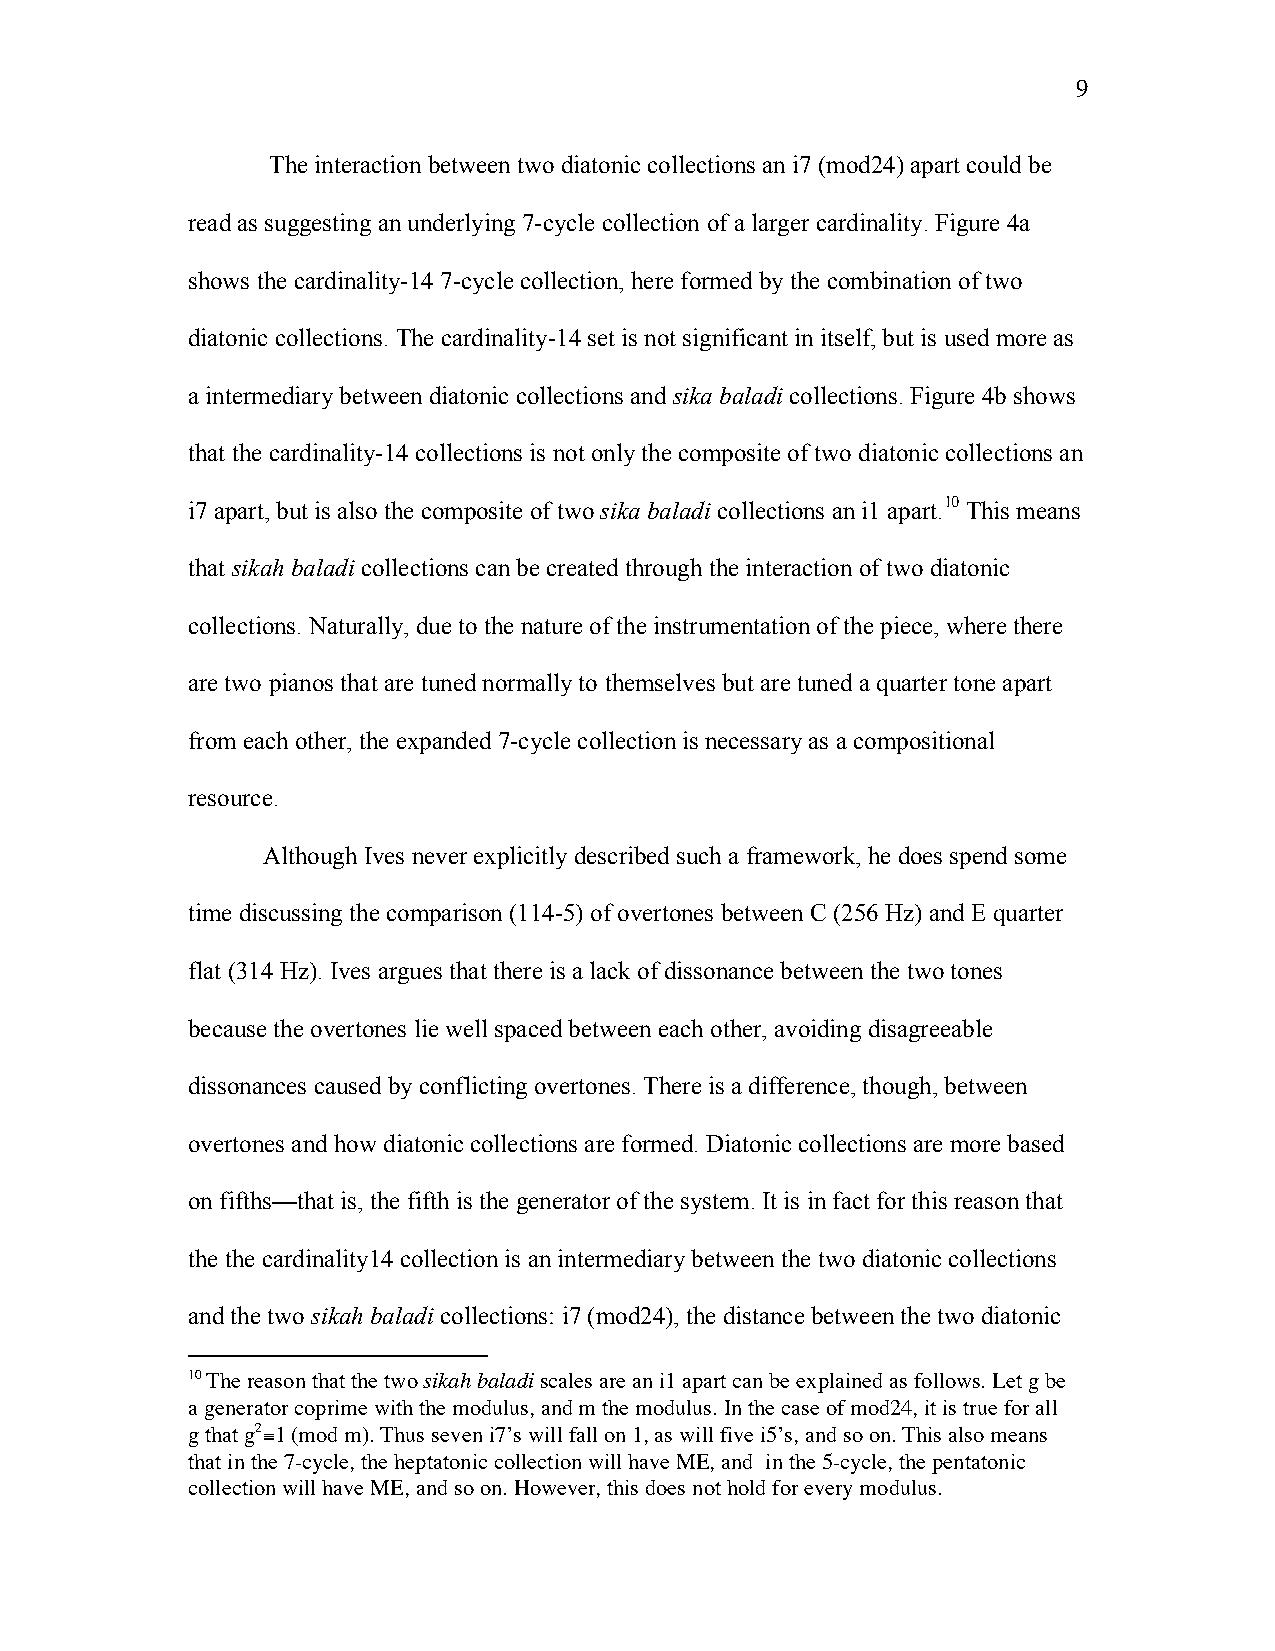
9
 The interaction between two diatonic collections an i7 (mod24) apart could be
 read as suggesting an underlying 7-cycle collection of a larger cardinality. Figure 4a
 shows the cardinality-14 7-cycle collection, here formed by the combination of two
 diatonic collections. The cardinality-14 set is not significant in itself, but is used more as
 a intermediary between diatonic collections and sika baladi collections. Figure 4b shows
 that the cardinality-14 collections is not only the composite of two diatonic collections an
 i7 apart, but is also the composite of two sika baladi collections an i1 apart.10 This means
 that sikah baladi collections can be created through the interaction of two diatonic
 collections. Naturally, due to the nature of the instrumentation of the piece, where there
 are two pianos that are tuned normally to themselves but are tuned a quarter tone apart
 from each other, the expanded 7-cycle collection is necessary as a compositional
 resource.
 Although Ives never explicitly described such a framework, he does spend some
 time discussing the comparison (114-5) of overtones between C (256 Hz) and E quarter
 flat (314 Hz). Ives argues that there is a lack of dissonance between the two tones
 because the overtones lie well spaced between each other, avoiding disagreeable
 dissonances caused by conflicting overtones. There is a difference, though, between
 overtones and how diatonic collections are formed. Diatonic collections are more based
 on fifths—that is, the fifth is the generator of the system. It is in fact for this reason that
 the the cardinality14 collection is an intermediary between the two diatonic collections
 and the two sikah baladi collections: i7 (mod24), the distance between the two diatonic
 10 The reason that the two sikah baladi scales are an i1 apart can be explained as follows. Let g be
 a generator coprime with the modulus, and m the modulus. In the case of mod24, it is true for all
 g that g2≡1 (mod m). Thus seven i7’s will fall on 1, as will five i5’s, and so on. This also means
 that in the 7-cycle, the heptatonic collection will have ME, and in the 5-cycle, the pentatonic
 collection will have ME, and so on. However, this does not hold for every modulus.